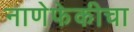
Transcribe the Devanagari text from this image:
नाणेफेकीचा